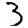
Digit: 3